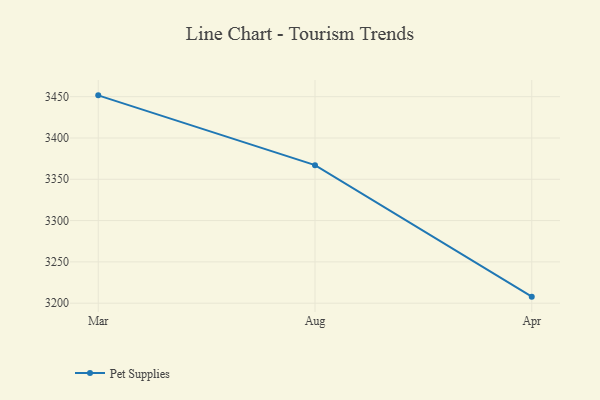
{"axis": {"x": "Month", "y": "LTV (USD)"}, "legend": ["Pet Supplies"], "data": [{"x": "Mar", "y": 3451.6, "type": "Pet Supplies"}, {"x": "Aug", "y": 3367.1, "type": "Pet Supplies"}, {"x": "Apr", "y": 3207.9, "type": "Pet Supplies"}]}